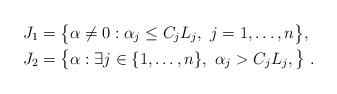
LaTeX: \begin{align*} J_1&=\bigl\{\alpha\neq 0 : \alpha_j\leq C_j L_j,\ j=1,\dots,n \bigr\}, \\ J_2&=\bigl\{\alpha : \exists j\in\{1,\dots,n\},\ \alpha_j> C_j L_j, \bigr\}\ .\end{align*}